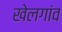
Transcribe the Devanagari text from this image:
खेलगांव